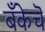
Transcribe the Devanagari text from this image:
बँकेचॆ